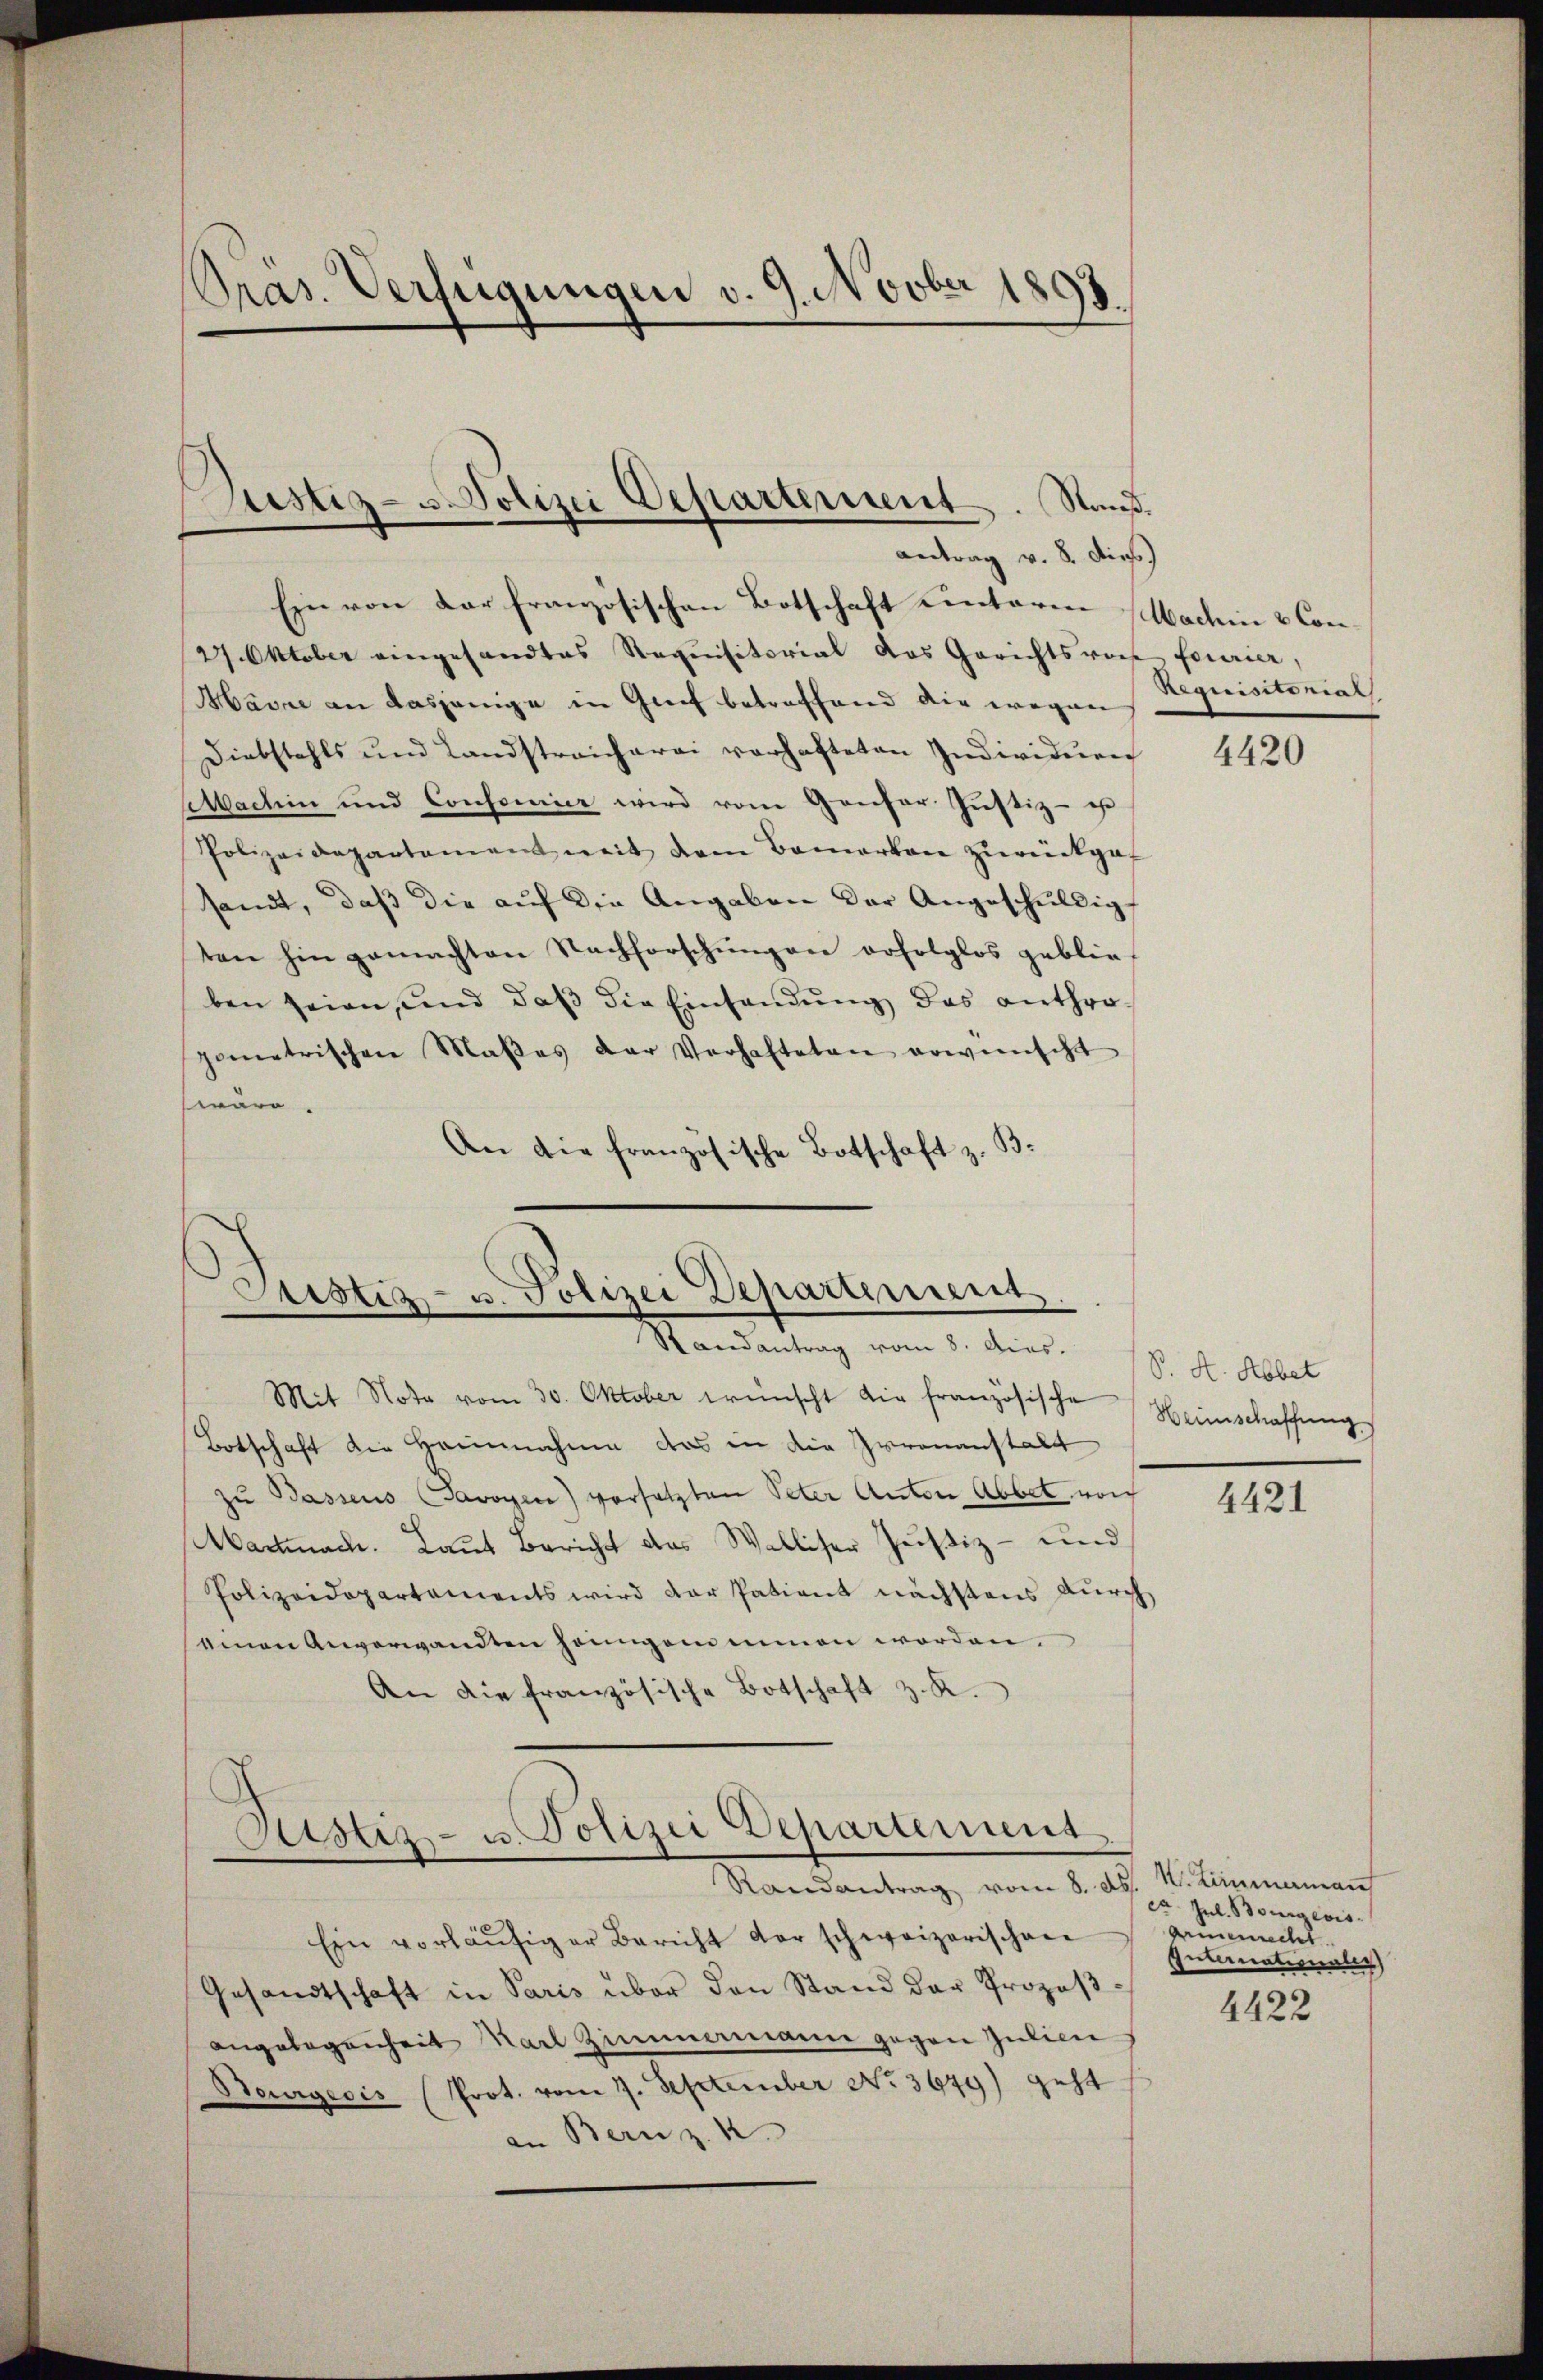
Pras. Verfügungen v. 9. Novber 1893.

Justiz-Polizei Departement. Nauß.
antrag v. 8. Dies

Ein von der französischen Botschaft eintaren Machin & Con¬
27. Oktober eingesandtes Requisitorial das Gerichtsvorte Fourier,
Mavre an dasjenige in Greif betreffend die wegen
Diebstahls und Landstreicharei vorhafteten Individuen
achin und Consonier wird von Genfer Justiz - es
Polizeidepartement weit dem Bemerken zŭrückge-
sandt, daß die auf die Angaben der Angeschuldig
ten hin gemachten Nachforschŭngen erfolglos geblie-
ben seien, und daβ die Einsandŭng das anthropometrischen Maßes der Verhafteten erwünscht
wäre.
An die französische Botschaft z. B.

Sistiz- u. Polizei Departement
Mandantung vom 5. dies
Mit Note vom 30. Oktober wünscht die französische Heimschaffung

Botschaft die Heinnahme das in die Irrenanstalt
zu Bassens Savoyen) vorsetzten Peter Anton Abbet noch
Martinach. Laut Bericht das Walliser Justiz- und
Polizeidepartaments wird der Patient nächstens durch
einen Anverwandten heingen innen worden.
An die französische Botschaft z. K.
Ctstiz- u. Polizei Departement
Randantrag vom 8. d. M. Limmannau
Ein vorläŭfiger Bericht der schweizerischen
Gesandtschaft in Paris über den Stand der Prozeβ-
angelegenheit Karl Zimmermane gegen Julien
Bourgecis (Prot. vom 7. September No. 3649) geht
an Bern z

Requisitoniat

4420

S. A. Abbet

4421

ca Jul. Bourgeois.
Armenrecht
Internationalen
4422